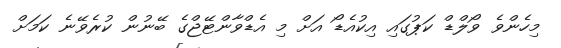
މިހެންވެ ވޯލްޑް ކަޕުގައި އިކުއެޑޯ އަށް މި އެޑްވާންޓޭޖްގެ ބޭނުން ކުރެވޭނެ ކަމަށް